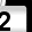
Digit: 2